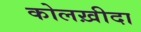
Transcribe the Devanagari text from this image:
कोलख़ीदा